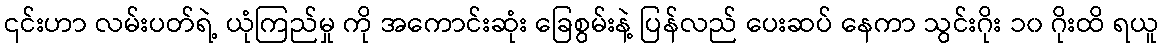
၎င်းဟာ လမ်းပတ်ရဲ့ ယုံကြည်မှု ကို အကောင်းဆုံး ခြေစွမ်းနဲ့ ပြန်လည် ပေးဆပ် နေကာ သွင်းဂိုး ၁၀ ဂိုးထိ ရယူ